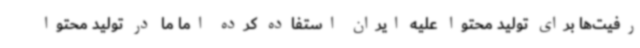
رفیت‌ها برای تولید محتوا علیه ایران استفاده کرده اما ما در تولید محتوا